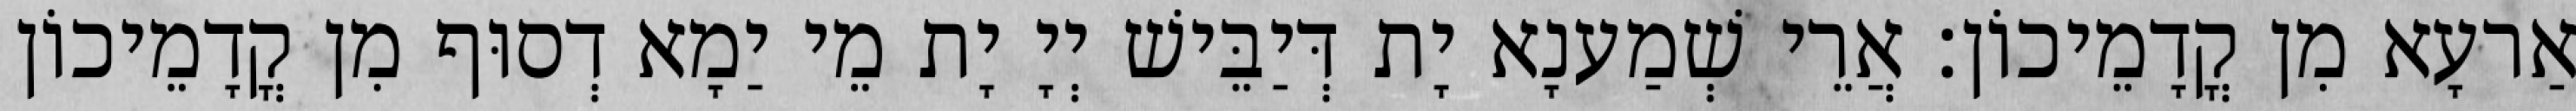
אַרעָא מִן קֳדָמֵיכוֹן׃ אֲרֵי שְׁמַענָא יָת דְּיַבֵּישׁ יְיָ יָת מֵי יַמָא דְסוּף מִן קֳדָמֵיכוֹן